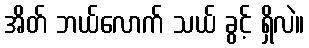
အိတ် ဘယ်လောက် သယ် ခွင့် ရှိလဲ။